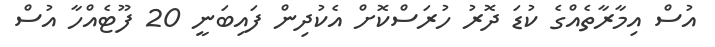
އުސް އިމާރާތެއްގެ ކުޑަ ދޮރު ހުރަސްކޮށް އެކުދިން ފައިބަނީ 20 ފޫޓެއްހާ އުސް